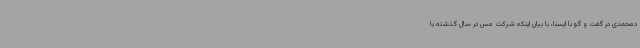
دمحمدی در گفت و گو با ایسنا، با بیان اینکه شرکت مس در سال گذشته با